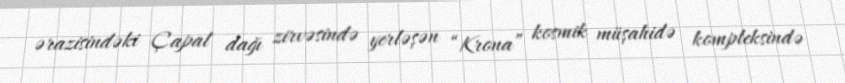
ərazisindəki Çapal dağı zirvəsində yerləşən “Krona” kosmik müşahidə kompleksində